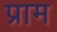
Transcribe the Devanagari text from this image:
प्राम